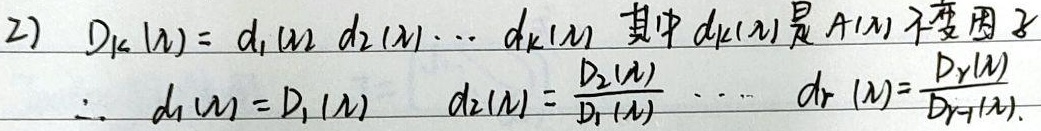
2) \(D_{k}(\lambda)=d_{1}(\lambda)d_{2}(\lambda)\cdots d_{k}(\lambda)\)，其中\(d_{k}(\lambda)\)是\(A(\lambda)\)的不变因子。\(\therefore d_{1}(\lambda)=D_{1}(\lambda)\)，\(d_{2}(\lambda)=\frac{D_{2}(\lambda)}{D_{1}(\lambda)}\)，\(\cdots\)，\(d_{r}(\lambda)=\frac{D_{r}(\lambda)}{D_{r - 1}(\lambda)}\)。